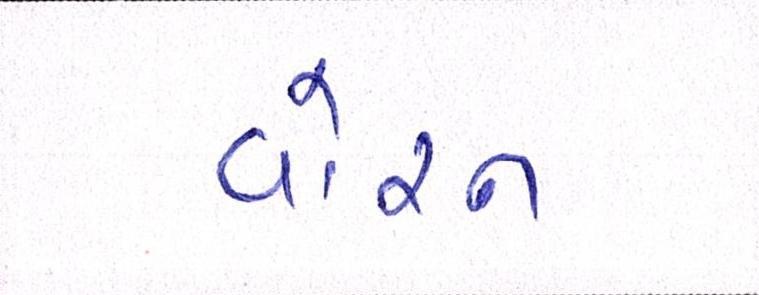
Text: વોરન